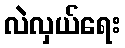
လဲလှယ်ရေး